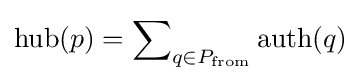
\mathrm {hub} (p)=\displaystyle \sum \nolimits _{q\in P_{\mathrm {from} }}\mathrm {auth} (q)